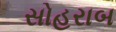
સોહરાબ